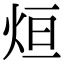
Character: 烜